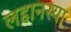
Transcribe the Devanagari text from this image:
लहानस्या